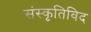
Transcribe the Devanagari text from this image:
संस्कृतिविद